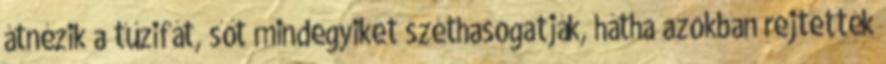
átnézik a tűzifát, sőt mindegyiket széthasogatják, hátha azokban rejtették